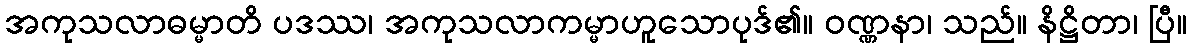
အကုသလာဓမ္မာတိ ပဒဿ၊ အကုသလာကမ္မာဟူသောပုဒ်၏။ ဝဏ္ဏနာ၊ သည်။ နိဋ္ဌိတာ၊ ပြီ။